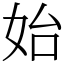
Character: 始